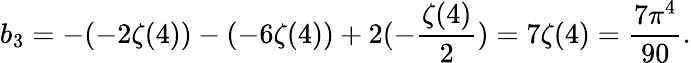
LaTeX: b_{3}=-(-2\zeta(4))-(-6\zeta(4))+2(-\frac{\zeta(4)}{2})=7\zeta(4)=\frac{7\pi^{4}}{90}.